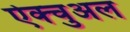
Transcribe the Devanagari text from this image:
ऐक्चुअल